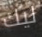
ليك